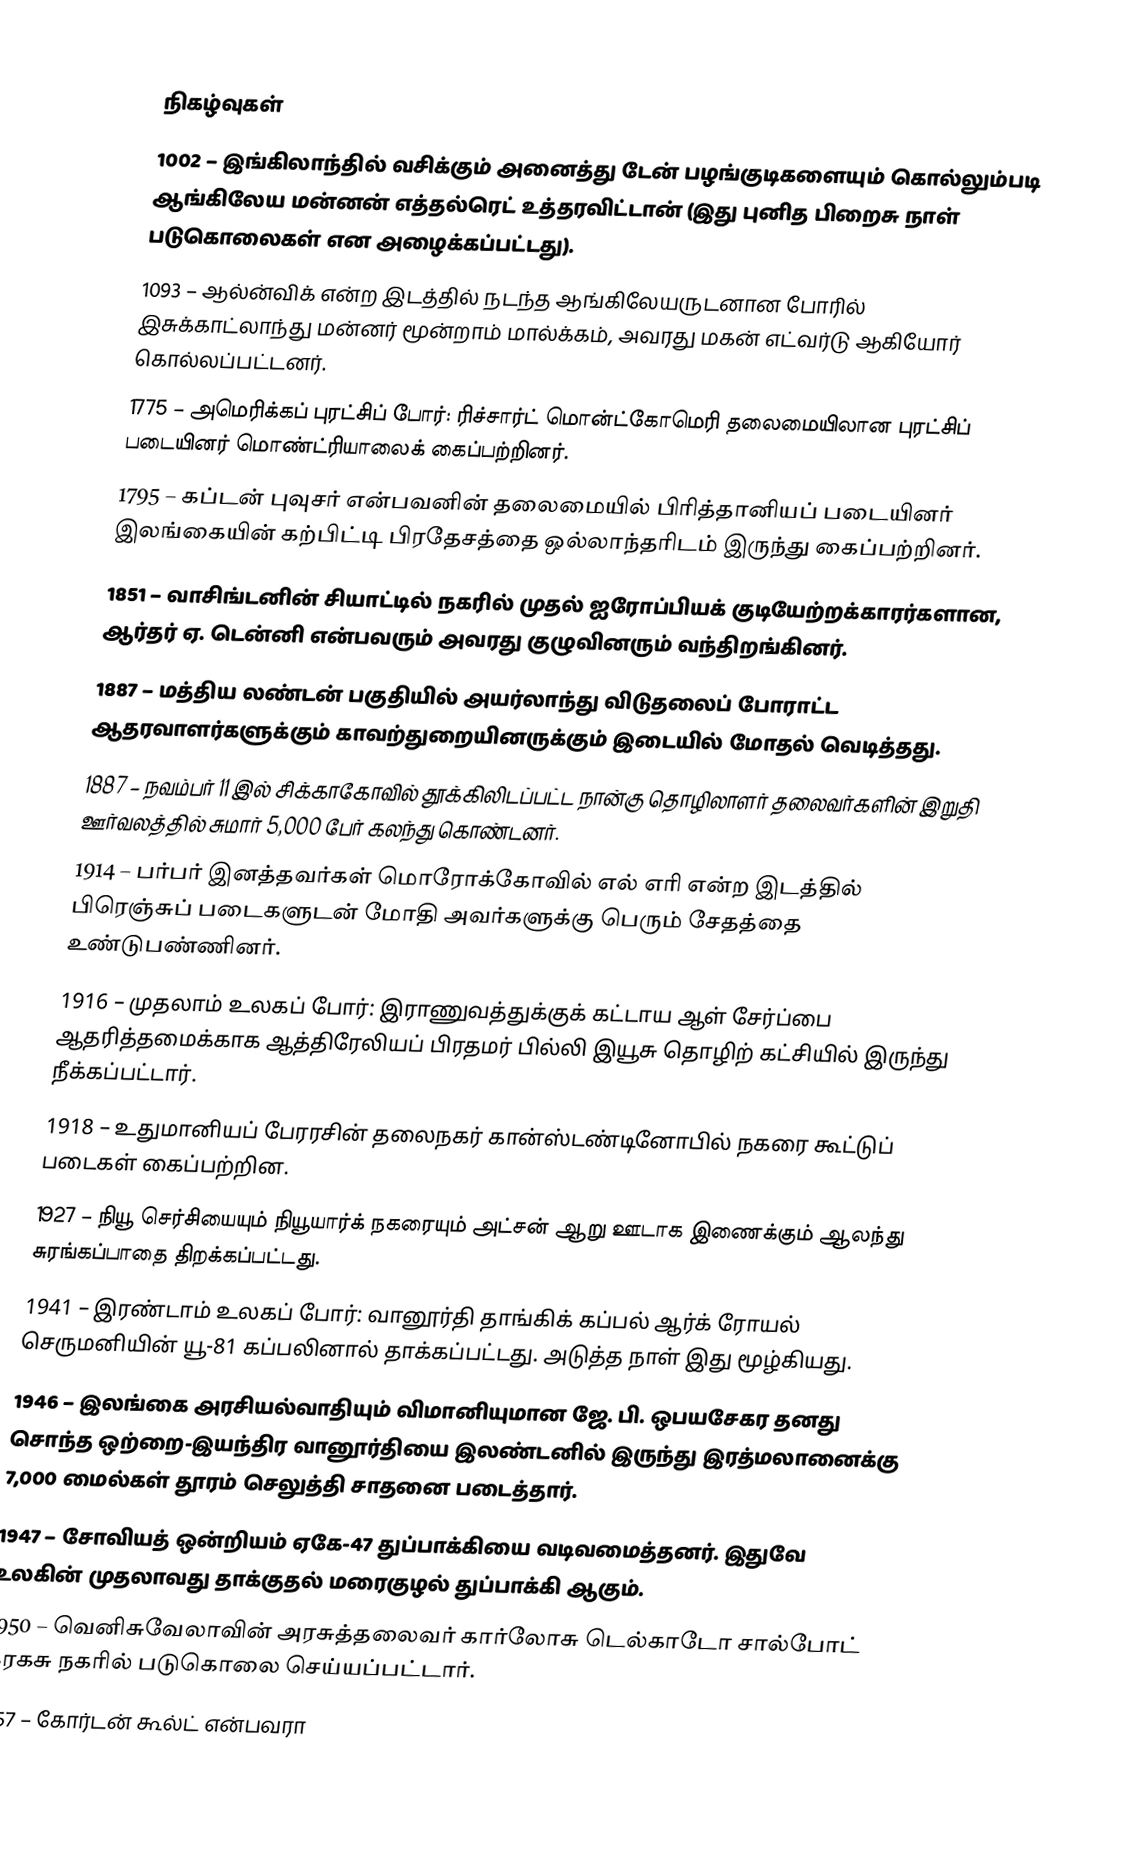

நிகழ்வுகள்
1002 – இங்கிலாந்தில் வசிக்கும் அனைத்து டேன் பழங்குடிகளையும் கொல்லும்படி ஆங்கிலேய மன்னன் எத்தல்ரெட் உத்தரவிட்டான் (இது புனித பிறைசு நாள் படுகொலைகள் என அழைக்கப்பட்டது).
1093 – ஆல்ன்விக் என்ற இடத்தில் நடந்த ஆங்கிலேயருடனான போரில் இசுக்காட்லாந்து மன்னர் மூன்றாம் மால்க்கம், அவரது மகன் எட்வர்டு ஆகியோர் கொல்லப்பட்டனர்.
1775 – அமெரிக்கப் புரட்சிப் போர்: ரிச்சார்ட் மொன்ட்கோமெரி தலைமையிலான புரட்சிப் படையினர் மொண்ட்ரியாலைக் கைப்பற்றினர்.
1795 – கப்டன் புவுசர் என்பவனின் தலைமையில் பிரித்தானியப் படையினர் இலங்கையின் கற்பிட்டி பிரதேசத்தை ஒல்லாந்தரிடம் இருந்து கைப்பற்றினர்.
1851 – வாசிங்டனின் சியாட்டில் நகரில் முதல் ஐரோப்பியக் குடியேற்றக்காரர்களான, ஆர்தர் ஏ. டென்னி என்பவரும் அவரது குழுவினரும் வந்திறங்கினர்.
1887 – மத்திய லண்டன் பகுதியில் அயர்லாந்து விடுதலைப் போராட்ட ஆதரவாளர்களுக்கும் காவற்துறையினருக்கும் இடையில் மோதல் வெடித்தது.
1887 – நவம்பர் 11 இல் சிக்காகோவில் தூக்கிலிடப்பட்ட நான்கு தொழிலாளர் தலைவர்களின் இறுதி ஊர்வலத்தில் சுமார் 5,000 பேர் கலந்து கொண்டனர்.
1914 – பர்பர் இனத்தவர்கள் மொரோக்கோவில் எல் எரி என்ற இடத்தில் பிரெஞ்சுப் படைகளுடன் மோதி அவர்களுக்கு பெரும் சேதத்தை உண்டுபண்ணினர்.
1916 – முதலாம் உலகப் போர்: இராணுவத்துக்குக் கட்டாய ஆள் சேர்ப்பை ஆதரித்தமைக்காக ஆத்திரேலியப் பிரதமர் பில்லி இயூசு தொழிற் கட்சியில் இருந்து நீக்கப்பட்டார்.
1918 – உதுமானியப் பேரரசின் தலைநகர் கான்ஸ்டண்டினோபில் நகரை கூட்டுப் படைகள் கைப்பற்றின.
1927 – நியூ செர்சியையும் நியூயார்க் நகரையும் அட்சன் ஆறு ஊடாக இணைக்கும் ஆலந்து சுரங்கப்பாதை திறக்கப்பட்டது.
1941 – இரண்டாம் உலகப் போர்: வானூர்தி தாங்கிக் கப்பல் ஆர்க் ரோயல் செருமனியின் யூ-81 கப்பலினால் தாக்கப்பட்டது. அடுத்த நாள் இது மூழ்கியது.
1946 – இலங்கை அரசியல்வாதியும் விமானியுமான  ஜே. பி. ஒபயசேகர தனது சொந்த ஒற்றை-இயந்திர வானூர்தியை இலண்டனில் இருந்து இரத்மலானைக்கு 7,000 மைல்கள் தூரம் செலுத்தி சாதனை படைத்தார்.
1947 – சோவியத் ஒன்றியம் ஏகே-47 துப்பாக்கியை வடிவமைத்தனர். இதுவே உலகின் முதலாவது தாக்குதல் மரைகுழல் துப்பாக்கி ஆகும்.
1950 – வெனிசுவேலாவின் அரசுத்தலைவர் கார்லோசு டெல்காடோ சால்போட் கரகசு நகரில் படுகொலை செய்யப்பட்டார்.
1957 – கோர்டன் கூல்ட் என்பவரா